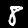
Digit: 8